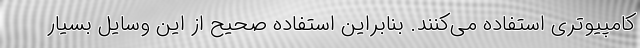
کامپیوتری استفاده می‌کنند. بنابراین استفاده صحیح از این وسایل بسیار